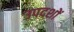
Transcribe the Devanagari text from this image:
उपदशों